Calcutta medical institutions reports 1879-81 [i.e.91]
Year: 1879
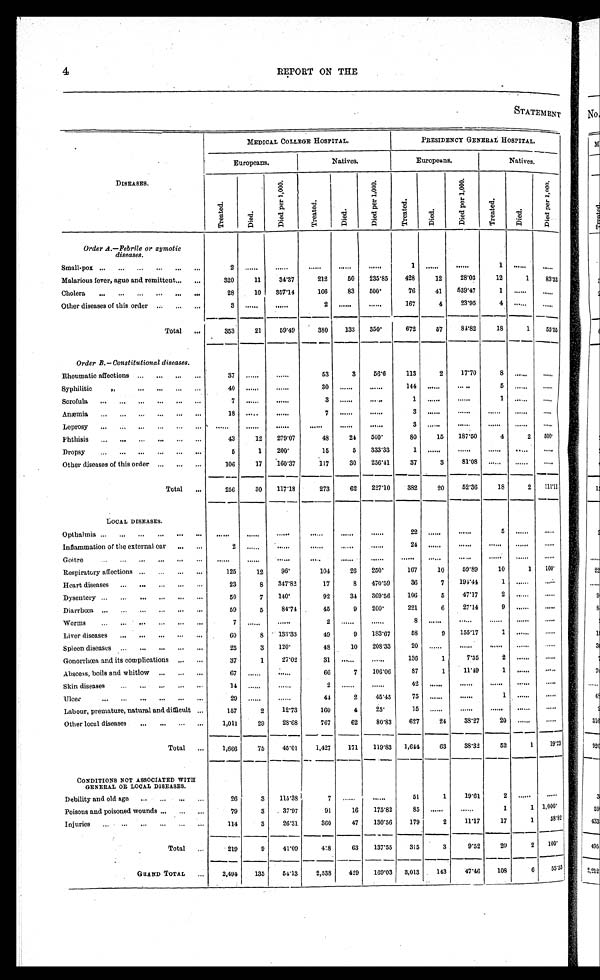
4
REPORT ON THE
STATEMENT
DISEASES.
MEDICAL COLLEGE HOSPITAL.
PRESIDENCY GENERAL HOSPITAL.
Europeans.
Natives.
Europeans
Natives.
Tr eat ed.
Di ed.
D i e d p e r 1 , 0 0 0 .
Tr eat ed.
Di ed.
D i e d p e r 1 , 0 0 0 .
Tr eat ed.
Di ed.
D i e d p e r 1 , 0 0 0 .
T r e a t e d .
Died.
D i e d p e r 1 , 0 0 0 .
Order A.—Febrile or zymotic diseases.
Small-pox
2
. . .
. . .
. . .
. . .
. . .
1
. . .
. . .
1
. . .
. . .
Malarious fever, ague and remittent
3 2 0
1 1
3 4 . 3 7
2 1 2
5 0
2 3 5 . 8 5
4 2 8
1 2
2 8 . 0 3
1 2
1
8 3 . 3 3
Cholera
2 8
1 0
3 5 7 . 1 4
1 6 6
8 3
5 0 0
7 6
4 1
5 3 9 . 4 7
1
. . . . . .
Other diseases of this order
3
. . .
. . .
2
. . . . . .
1 6 7
4
2 3 . 9 5
4
. . . . . .
Total
3 5 3
2 1
5 9 . 4 9
3 8 0
1 3 3
3 5 0
6 7 2
5 7
8 4 . 8 2
1 8
1
5 5 . 5 5
Order B.—Constitutional diseases.
Rheumatic affections
3 7
. . .
. . .
5 3
3
5 6 . 6
1 1 3
2
1 7 . 7 0
8
. . .
. . .
Syphilitic "
4 0
. . .
. . .
3 0
. . .
. . .
1 4 4
. . .
. . .
5
. . .
. . .
Scrofula
7
. . .
. . .
3
. . .
. . .
1
. . .
. . .
1
. . .
. . .
Anæmia
1 8
. . .
. . .
7
. . .
. . .
3
. . .
. . .
. . .
. . .
. . .
Leprosy
. . .
. . .
. . .
. . .
. . .
. . .
3
. . .
. . .
. . .
. . .
. . .
Phthisis
4 3
1 2
2 7 9 . 0 7
4 8
2 4
5 0 0
8 0
1 5
1 8 7 . 5 0
4
2
5 0 0
Dropsy
5
1
2 0 0
1 5
5
3 3 3 . 3 3
1
. . .
. . .
. . .
. . .
. . .
Other diseases of this order
1 0 6
1 7
1 6 0 . 3 7
1 1 7
3 0
2 5 6 . 4 1
3 7
3
8 1 . 0 8
. . .
. . .
. . .
Total
2 5 6
9 0
1 1 7 . 1 8
2 7 3
6 2
2 2 7 . 1 0
3 8 2
2 0
5 2 . 3 6
1 8
2
1 1 1 . 1 1
LOCAL DISEASES.
Opthalmia
. . .
. . .
. . .
. . .
. . .
. . .
2 2
. . .
. . .
5
. . .
. . .
Inflammation of the external ear
2
. . .
. . .
. . .
. . .
. . .
2 4
. . .
. . .
. . .
. . .
. . .
Goitre
. . .
. . .
. . .
. . .
. . .
. . .
. . .
. . .
. . .
. . .
. . .
. . .
Respiratory affections
1 2 5
1 2
9 6
1 0 4
2 6
2 5 0
1 6 7
1 0
5 9 . 8 9
1 0
1
1 0 0
Heart diseases
2 3
8
3 4 7 . 8 2
1 7
8
4 7 0 . 5 9
3 6
7
1 9 4 . 4 4
1
. . .
. . .
Dysentery
5 0
7
1 4 0
9 2
3 4
3 6 9 . 5 6
1 0 6
5
4 7 . 1 7
2
. . .
. . .
Diarrhœa
5 9
5
8 4 . 7 4
4 5
9
2 0 0
2 2 1
6
2 7 . 1 4
9
. . .
. . .
Worms
7
. . .
. . .
2
. . .
. . .
8
. . .
. . .
. . .
. . .
. . .
Liver diseases
6 0
8
1 3 3 . 3 3
4 9
9
1 8 3 . 6 7
5 8
9
1 5 5 . 1 7
1
. . .
. . .
Spleen diseases
2 5
3
1 2 0
4 8
1 0
2 0 8 . 3 3
2 0
. . .
. . .
. . .
. . .
. . .
Gonorrhœa and its complications
3 7
1
2 7 . 0 2
3 1
. . .
. . .
1 3 6
1
7 . 3 5
2
. . .
. . .
Abscess, boils and whitlow
6 7
. . .
. . .
6 6
7
1 0 6 . 0 6
8 7
1
1 1 . 4 9
1
. . .
. . .
Skin diseases
1 4
. . .
. . .
2
. . .
. . .
4 2
. . .
. . .
. . .
. . .
. . .
Ulcer
2 9
. . .
. . .
4 4
2
4 5 . 4 3
7 5
. . .
. . .
1
. . .
. . .
Labour, premature, natural and difficult
1 5 7
2
1 2 . 7 3
1 6 0
4
2 5
1 5
. . .
. . .
. . .
. . .
. . .
Other local diseases
1 , 0 1 1
2 9
2 8 . 6 8
7 6 7
6 2
8 0 . 8 3
6 2 7
2 4
3 8 . 2 7
2 0
. . .
. . .
Total
1 , 6 6 6
7 5
4 5 . 0 1
1 , 4 2 7
1 7 1
1 1 9 . 8 3
1 , 6 4 4
6 3
3 8 . 3 2
5 2
1
1 9 . 2 3
CONDITIONS NOT ASSOCIATED
WITH GENERAL OR LOCAL DOSEASES.
Debility and old age
2 6
3
1 1 5 . 3 8
7
. . .
. . .
5 1
1
1 9 . 6 1
2
. . .
. . .
Poisons and poisoned wounds
7 9
3
3 7 . 9 7
9 1
1 6
1 7 5 . 8 2
8 5
. . .
. . .
1
1
1 , 0 0 0
Injuries
1 1 4
3
2 6 . 3 1
3 6 0
4 7
1 3 0 . 5 6
1 7 9
2
1 1 . 1 7
1 7
1
5 8 . 8 2
Total
2 1 9
9
4 1 . 0 9
4 5 8
6 3
1 3 7 . 5 5
3 1 5
3
9 . 5 2
2 0
2
1 0 0
G R A N D T O T A L
2 , 4 9 4
1 3 5
5 4 . 1 3
2 , 5 3 8
4 2 9
1 6 9 . 0 3
3 , 0 1 3
1 4 3
4 7 . 4 6
1 0 8
6
5 5 . 5 5